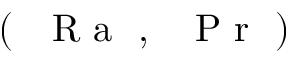
( \mathrm { ~ \textit ~ { ~ R ~ a ~ } ~ } , \mathrm { ~ \textit ~ { ~ P ~ r ~ } ~ } )